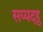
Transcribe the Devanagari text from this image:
सय्यदहु